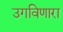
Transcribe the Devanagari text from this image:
उगविणारा